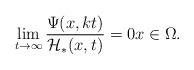
LaTeX: \begin{align*}\lim_{t\to\infty} \frac{\Psi(x,kt)}{\mathcal{H}_*(x,t)}=0 x\in\Omega.\end{align*}